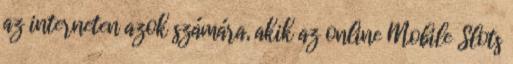
az interneten azok számára, akik az online Mobile Slots